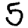
Digit: 5